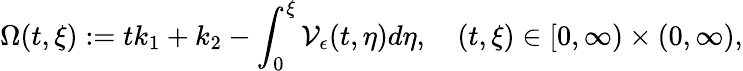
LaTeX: \Omega(t,\xi):=tk_{1}+k_{2}-\int_{0}^{\xi}\mathcal{V}_{\epsilon}(t,\eta)d\eta,\quad(t,\xi)\in[0,\infty)\times(0,\infty),